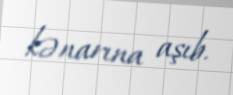
kənarına aşıb.